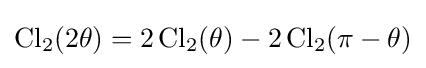
\operatorname {Cl} _{2}(2\theta )=2\operatorname {Cl} _{2}(\theta )-2\operatorname {Cl} _{2}(\pi -\theta )